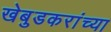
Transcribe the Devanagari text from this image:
खेबुडकरांच्या